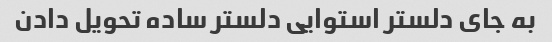
به جای دلستر استوایی دلستر ساده تحویل دادن